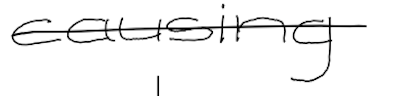
Text: causing
Cross-out: single-line
Writing tool: digital_black